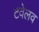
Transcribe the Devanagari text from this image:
टवेलव